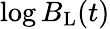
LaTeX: \log{B_{\mathrm{L}}(t)}